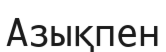
Азықпен